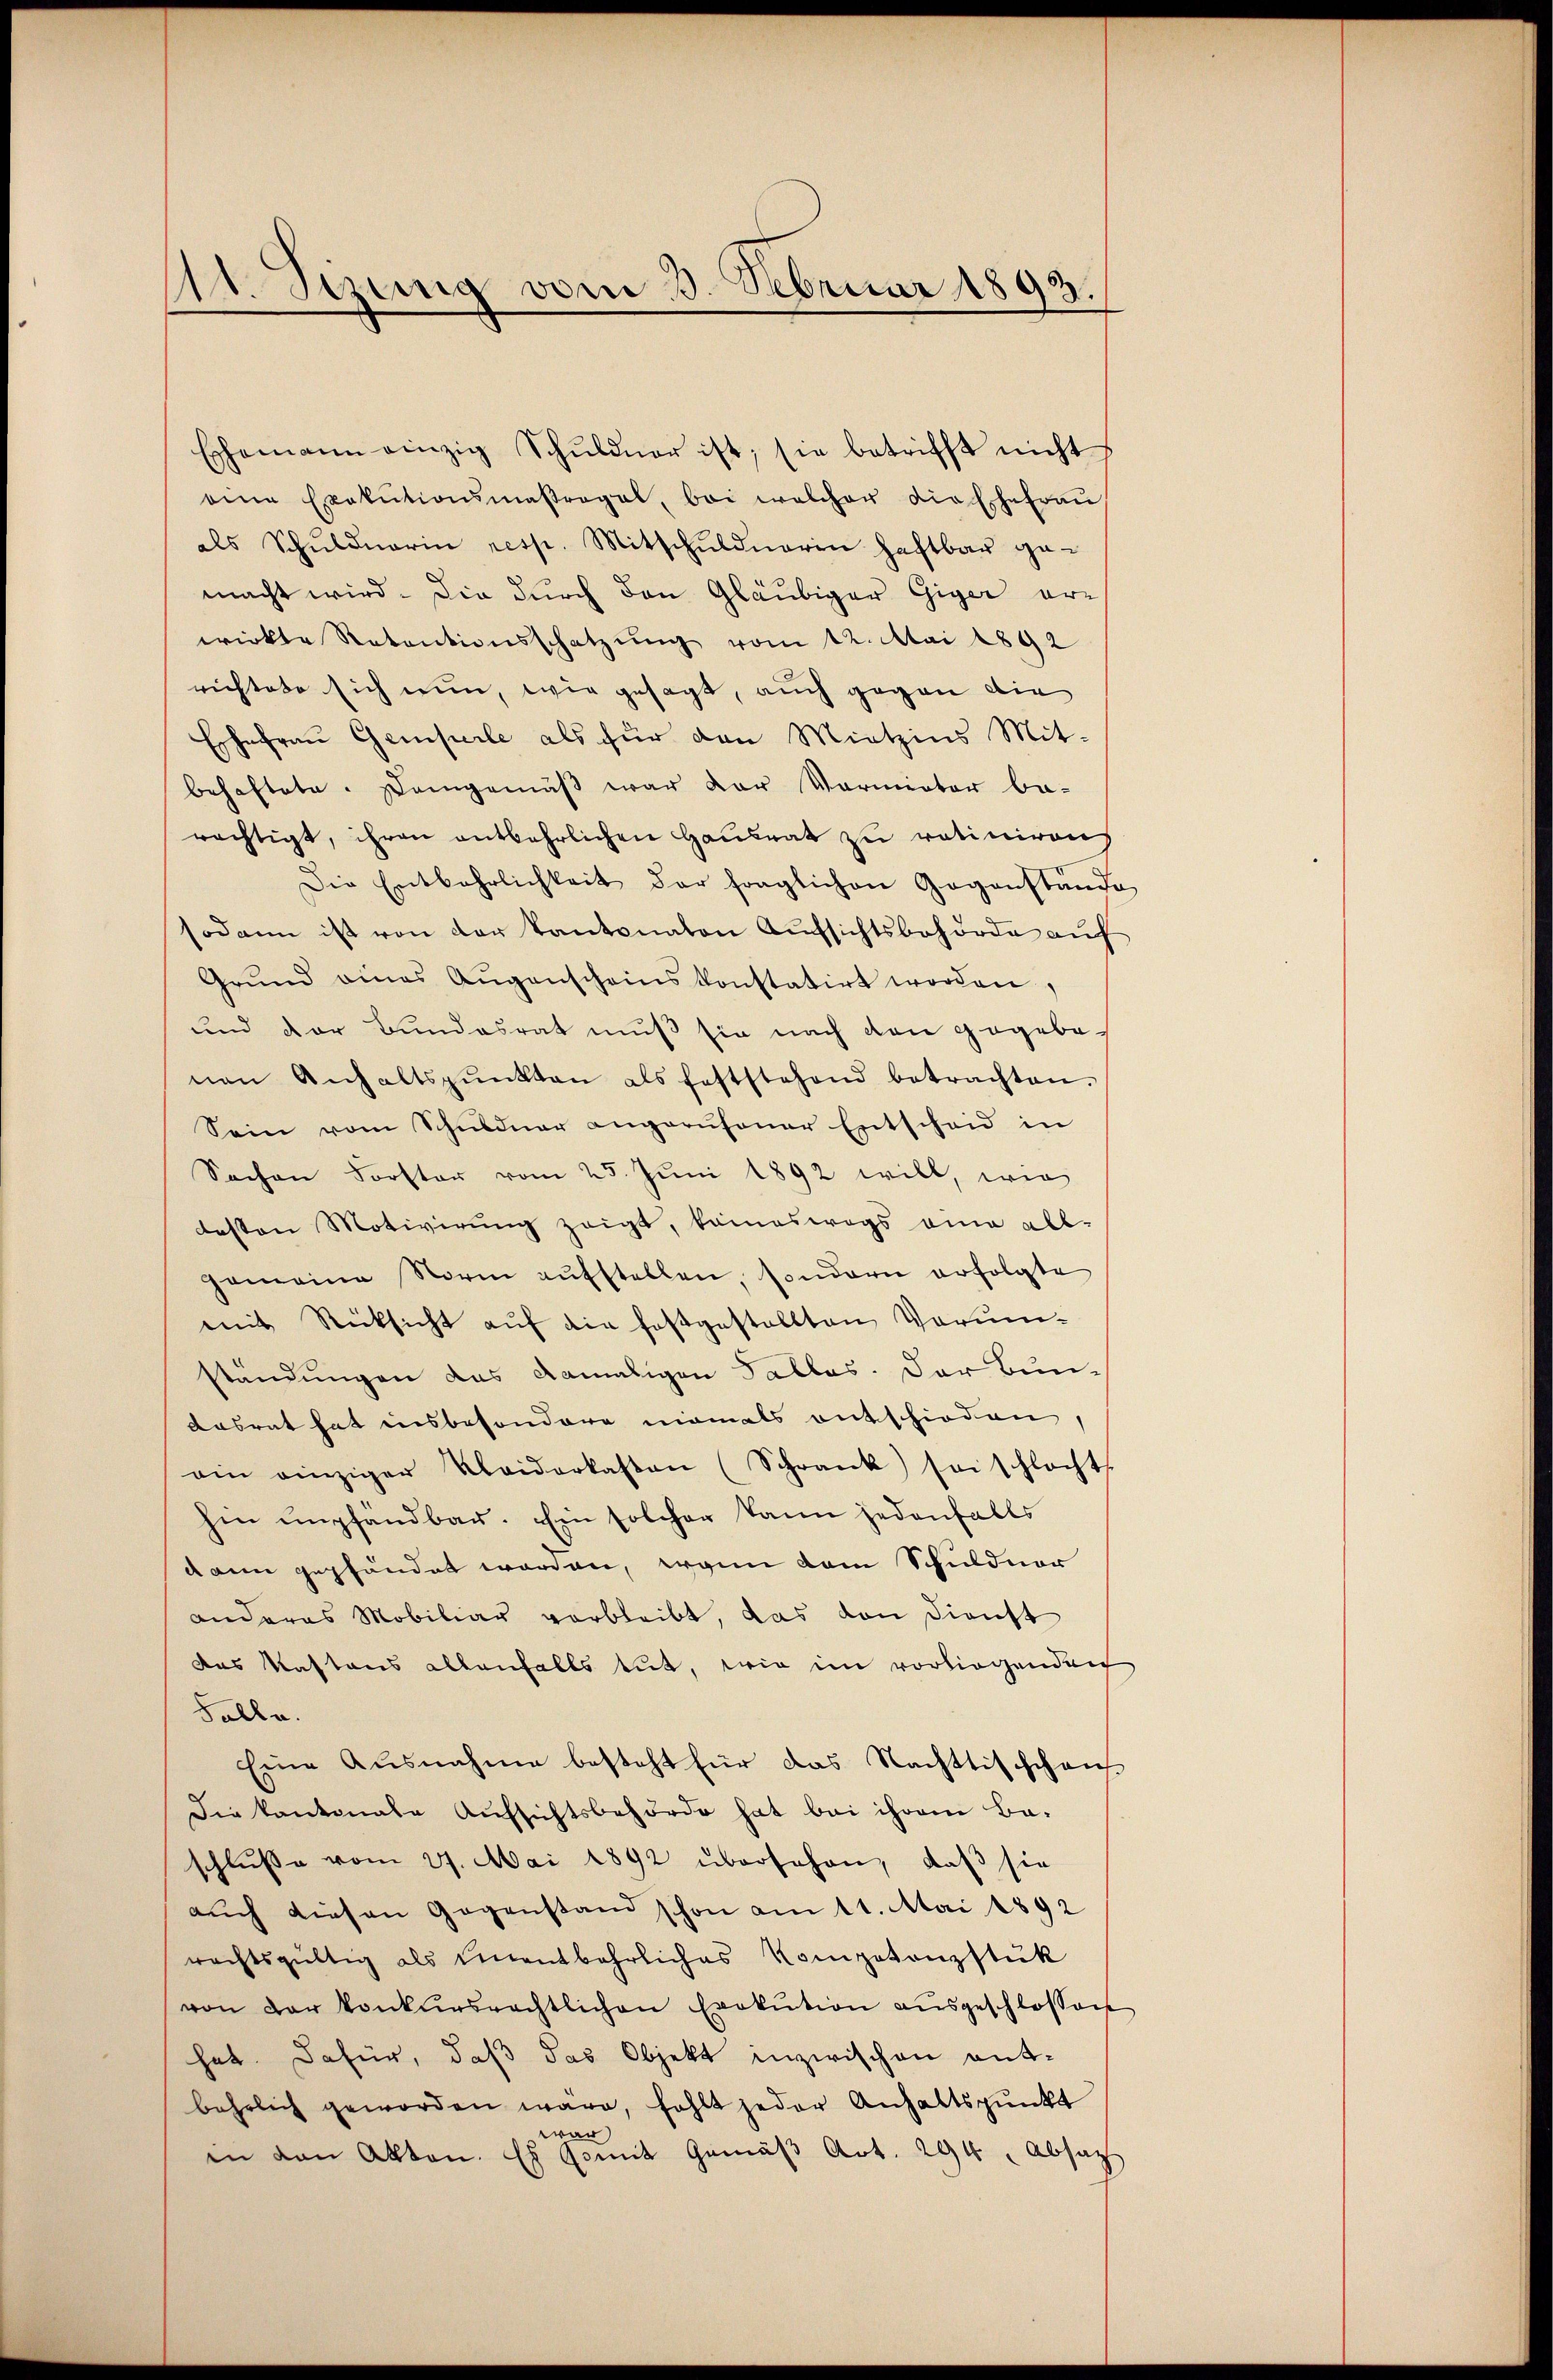
11. Sizung vom 3. Februar 1893.

Ehemann einzig Schŭldner ist; sie betrifft nicht
eine Exekutionsmaβragal, bei welcher die Ehefraŭ
als Schŭldŭarin resp. Mitschŭldnerin haftbar ge-
macht wird. Die durch den Gläubiger Giger erwirkte Retentionsschatzŭng vom 12. Mai 1892
richtete sich nun, wie gesagt, auch gegen die
Eshefrau Gemperle als für den Mietzins Mit-
behaftete. Demgemäβ war der Vormieter be-
rächtigt, ihren entbehrlichen Hausrat zu ratiniren
Die Entbehrlichkeit der fraglichen Gegenstände
sodann ist von der Kantonaten Aufsichtsbehörde auf
Grŭnd eines Aŭgenscheinskonstatirt worden,
und der Bundesrat muß sie nach den gegebenen Anhaltspŭnkten als feststehend betrachten.
Sein vom Schuldner angerufsoner Entscheid in
Sachen Forster vom 25. Juni 1892 will, wie
besten Motivirung zeigt, kameswegs ein all-
Gemeine Norm aŭfstellen, sondern erfolgte
mit Rücksicht aŭf die festgestellten Vorunständungen das damaligen Falles. Der Bun-
dasrat hat insbesondere niemals entschieden
ain einziger Kleiderkasten (Schrank sei schlacht
hin empfandbar. Ein solcher kann jedenfalls
dann gepfändet worden, wenn dem Schuldner
anderes Mobiliar verbleibt, das von dienst
das Kastaus allenfalls tut, wie im vorliegenden
Folle.
Eine Ausnahme besteht für das Nachttischchens-
Die kantonale Aufsichtsbehörde hat bei ihrem Ba-
schluße vom 27. Mai 1892 übersehen, daß sie
auch diesen Gegenstand schon am 11. Mai 1892
rechtsgültig als unentbehrliches Kompetenzstük
von der konkursrechtlichen Exekution aŭsgeschlossen
hat. Dafür, daß das Objekt inzwischen entbehrlich geworden wäre, fehlt jeder Anhaltspunkt
war
in den Akten. Es somit Gemäβ Art. 294 Absatz